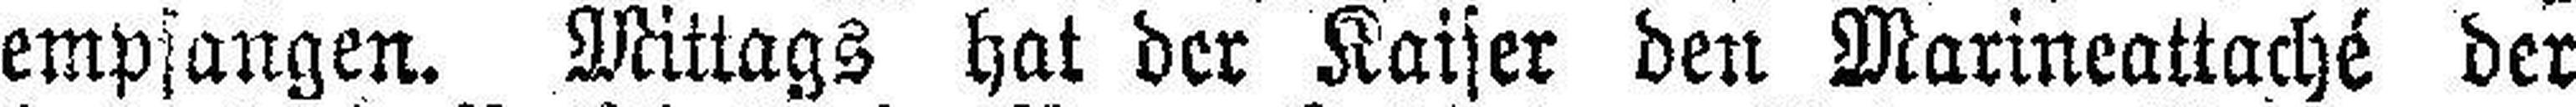
empfangen. Mittags hat der Kaiser den Marineattaché der